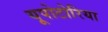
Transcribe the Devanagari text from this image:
यूपोटोरिया